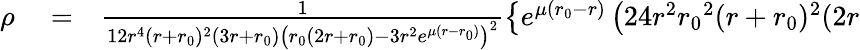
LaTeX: \begin{array}{rlr}{\rho}&{{}=}&{\frac{1}{12r^{4}(r+{r_{0}})^{2}(3r+{r_{0}})\left({r_{0}}(2r+{r_{0}})-3r^{2}e^{\mu(r-{r_{0}})}\right)^{2}}\left\lbrace e^{\mu({r_{0}}-r)}\left(24r^{2}{r_{0}}^{2}(r+{r_{0}})^{2}(2r\right.\right.}\end{array}